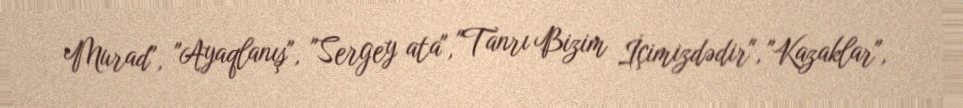
Murad", "Ayaqlanış", "Sergey ata", "Tanrı Bizim İçimizdədir", "Kazaklar",